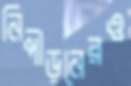
নিপীড়নেরও